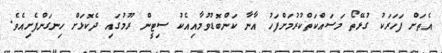
އެތަށް ފަހަރަކު ގުޅޭތޯ މަސައްކަތްކުރުމަށްފަހު އާނާ ކަންބޮޑުވުމާއިއެކު ސިޓީން ރޫމުގައި ދެކޮޅަށް ހިނގަންފެށިއެވެ.